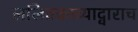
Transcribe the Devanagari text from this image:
ललितकाव्याद्वाराच